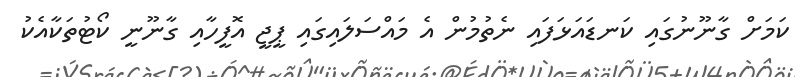
ކަމަށް ގާނޫނުގައި ކަނޑައަޅަފައި ނެތުމުން އެ މައްސަލައިގައި ޕީޖީ އޮފީހާއި ގާނޫނީ ކޯޓުތަކާއެކު